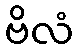
ဗိလံ